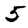
Digit: 5